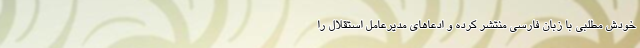
خودش مطلبی با زبان فارسی منتشر کرده و ادعاهای مدیرعامل استقلال را